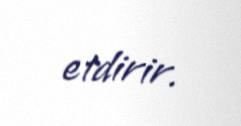
etdirir.